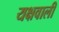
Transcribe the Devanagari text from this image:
यक्षवाली